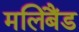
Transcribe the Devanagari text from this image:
मलिबैंड